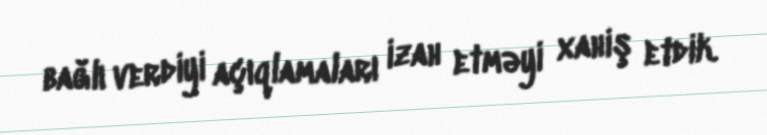
bağlı verdiyi açıqlamaları izah etməyi xahiş etdik.